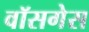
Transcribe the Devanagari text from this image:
वॉसगेस